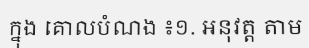
ក្នុង គោលបំណង ៖១. អនុវត្ត តាម